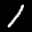
Digit: 1